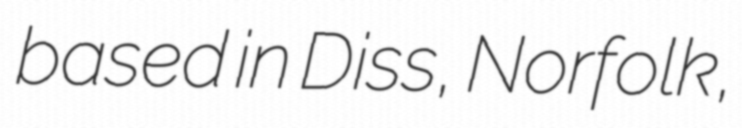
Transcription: based in Diss, Norfolk,